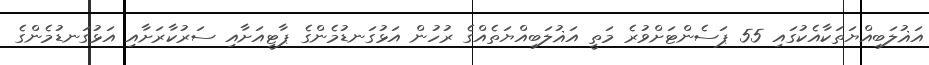
އަޣުލަބިއްޔަތަކާއެކުގައި 55 ޕަސެންޓަށްވުރެ މަތީ އަޣުލަބިއްޔަތެއްގެ ރުހުން އަޅުގަނޑުމެންގެ ޕާޓީއަށާއި ސަރުކާރަށާއި އަޅުގަނޑުމެންގެ